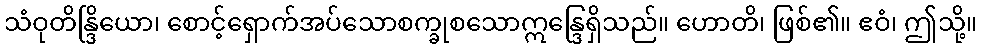
သံဝုတိန္ဒြိယော၊ စောင့်ရှောက်အပ်သောစက္ခုစသောဣန္ဒြေရှိသည်။ ဟောတိ၊ ဖြစ်၏။ ဧဝံ၊ ဤသို့။